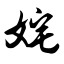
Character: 姹